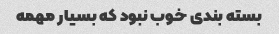
بسته بندی خوب نبود که بسیار مهمه